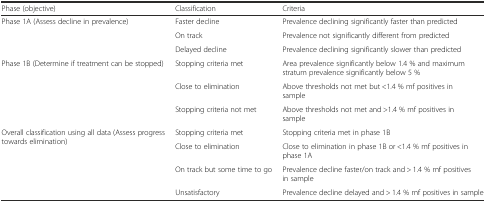
| Phase (objective) | Classification | Criteria |
 | --- | --- | --- |
 | <ROWSPAN=3> Phase 1A (Assess decline in prevalence) | Faster decline | Prevalence declining significantly faster than predicted |
 | On track | Prevalence not significantly different from predicted |
 | Delayed decline | Prevalence declining significantly slower than predicted |
 | <ROWSPAN=3> Phase 1B (Determine if treatment can be stopped) | Stopping criteria met | Area prevalence significantly below 1.4 % and maximum stratum prevalence significantly below 5 % |
 | Close to elimination | Above thresholds not met but <1.4 % mf positives in sample |
 | Stopping criteria not met | Above thresholds not met and >1.4 % mf positives in sample |
 | <ROWSPAN=4> Overall classification using all data (Assess progress towards elimination) | Stopping criteria met | Stopping criteria met in phase 1B |
 | Close to elimination | Close to elimination in phase 1B or <1.4 % mf positives in phase 1A |
 | On track but some time to go | Prevalence decline faster/on track and > 1.4 % mf positives in sample |
 | Unsatisfactory | Prevalence decline delayed and > 1.4 % mf positives in sample |